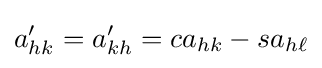
a'_{hk}=a'_{kh}=ca_{hk}-sa_{h\ell }\,\!